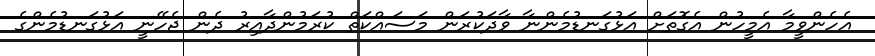
އެހެންވީމާ އެމީހުން އެގޮތަށް އަޅުގަނޑުމެންނާ ވާދަކުރަން މަސައްކަތް ކުރަމުންދާއިރު ދެން ޖެހޭނީ އަޅުގަނޑުމެންގެ